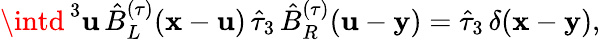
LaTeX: \intd^{\, 3}\mathbf{u}\, \hat{{B}}_{L}^{(\tau)}({\mathbf{x}}-{\mathbf{\mathbf{u}}})\, \hat{{\tau}}_{3}\, \hat{{B}}_{R}^{(\tau)}({\mathbf{\mathbf{u}}}-{\mathbf{y}})=\hat{{\tau}}_{3}\, \delta({\mathbf{x}}-{\mathbf{y}}),